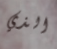
الذي